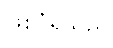
ဖြစ်ပုံရသည်